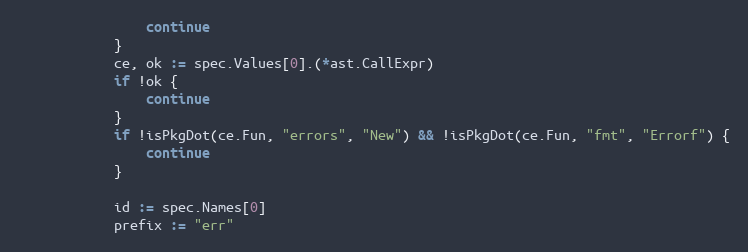
Language: Go
				continue
			}
			ce, ok := spec.Values[0].(*ast.CallExpr)
			if !ok {
				continue
			}
			if !isPkgDot(ce.Fun, "errors", "New") && !isPkgDot(ce.Fun, "fmt", "Errorf") {
				continue
			}

			id := spec.Names[0]
			prefix := "err"